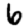
Digit: 6